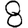
Digit: 8